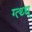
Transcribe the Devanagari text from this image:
ग्त्थ्ध्